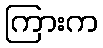
ကြားက